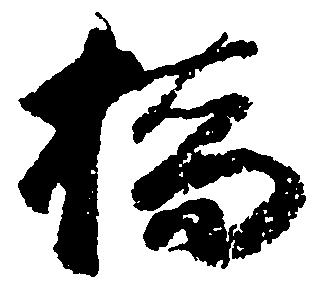
橋